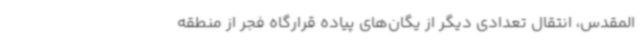
‌المقدس، انتقال تعدادی دیگر از یگان‌های پیاده قرارگاه فجر از منطقه